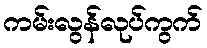
ကမ်းလွန်လုပ်ကွက်